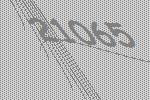
21065